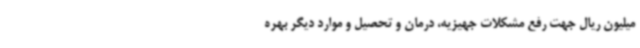
میلیون ریال جهت رفع مشکلات جهیزیه، درمان و تحصیل و موارد دیگر بهره